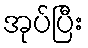
အုပ်ပြီး